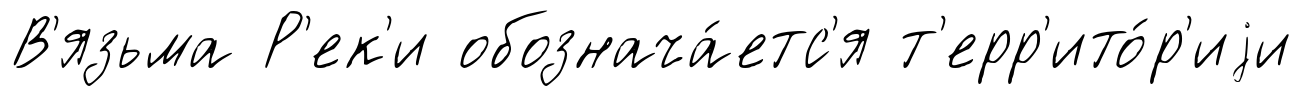
В'язьма Р'ек'и обознача́етс'я т'ерр'ито́р'иjи